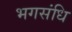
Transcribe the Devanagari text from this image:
भगसंधि